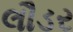
લૌડર